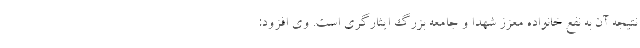
نتیجه آن به نفع خانواده معزز شهدا و جامعه بزرگ ایثارگری است. وی افزود: